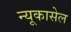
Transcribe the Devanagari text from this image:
न्यूकासेल